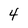
Character: 4